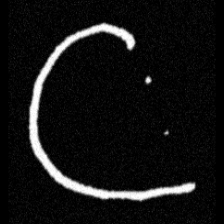
Pyu character \u2014 Myanmar letter: ဋ (romanized: tta)